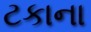
ટકાના